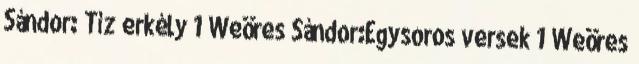
Sándor: Tíz erkély 1 Weöres Sándor:Egysoros versek 1 Weöres